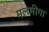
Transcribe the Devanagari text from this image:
मलमीगा